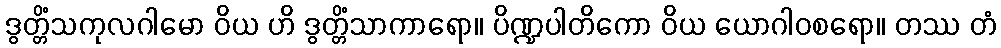
ဒွတ္တိံသကုလဂါမော ဝိယ ဟိ ဒွတ္တိံသာကာရော။ ပိဏ္ဍပါတိကော ဝိယ ယောဂါဝစရော။ တဿ တံ